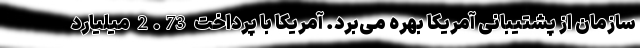
سازمان از پشتیبانی آمریکا بهره می‌برد. آمریکا با پرداخت 2.73 میلیارد